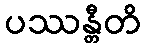
ပဿန္တီတိ